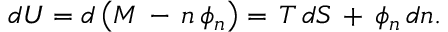
d U = d \left( M \, - \, n \, \phi _ { n } \right) = \, T \, d S \, + \, \phi _ { n } \, d n .